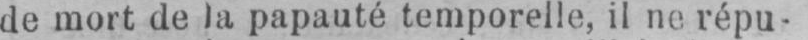
de mort de la papauté temporelle, il ne répu-